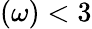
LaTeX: (\omega)<3